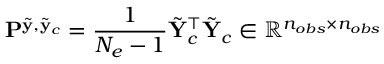
\mathbf { P } ^ { \tilde { \bf { y } } , \tilde { \bf { y } } _ { c } } = \frac { 1 } { N _ { e } - 1 } \tilde { \mathbf { Y } } _ { c } ^ { \top } \tilde { \mathbf { Y } } _ { c } \in \mathbb { R } ^ { n _ { o b s } \times n _ { o b s } }